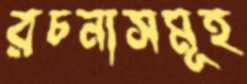
রচনাসমূহ